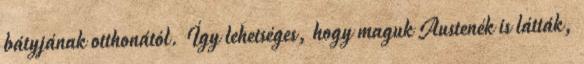
bátyjának otthonától. Így lehetséges, hogy maguk Austenék is látták,